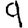
Digit: 9